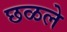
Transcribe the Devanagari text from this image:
छळले